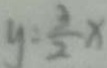
y = \frac { 3 } { 2 } x